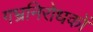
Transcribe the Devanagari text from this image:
गभ्रनिरोधकों